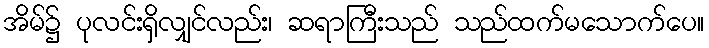
အိမ်၌ ပုလင်းရှိလျှင်လည်း၊ ဆရာကြီးသည် သည်ထက်မသောက်ပေ။